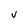
Character: U